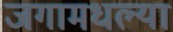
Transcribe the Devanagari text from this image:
जगामधल्या